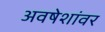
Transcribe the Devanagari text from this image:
अवषेशांवर